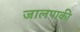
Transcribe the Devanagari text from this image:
जालपाकी